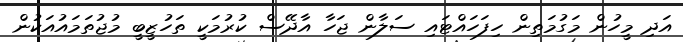
އަދި މީހުން މަގުމަތިން ހިފަހައްޓައި ސަލާން ޖަހާ އާދޭސް ކުރުމަކީ ތަހުޒީބީ މުޖުތަމައުއަކުން